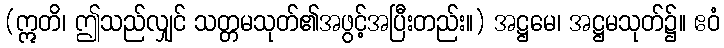
(ဣတိ၊ ဤသည်လျှင် သတ္တမသုတ်၏အဖွင့်အပြီးတည်း။) အဋ္ဌမေ၊ အဋ္ဌမသုတ်၌။ ဧဝံ